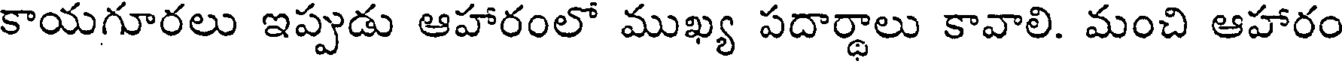
కాయగూరలు ఇప్పుడు ఆహారంలో ముఖ్య పదార్థాలు కావాలి. మంచి ఆహారం